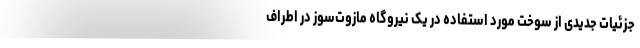
جزئیات جدیدی از سوخت مورد استفاده در یک نیروگاه مازوت‌سوز در اطراف